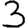
Digit: 3